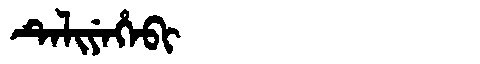
Manchu: ᡨᡝᠯᡳᠶᡝᡥᡝᠪᡳ
Romanization: TELIYEHEBI